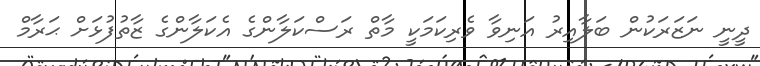
ދީނީ ނަޒަރަކުން ބަލާއިރު އަނިވާ ވެރިކަމަކީ މާތް ރަސްކަލާންގެ އެކަލާންގެ ޒާތުފުޅަށް ޙަރާމް